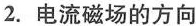
2.电流磁场的方向